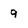
Character: 9